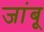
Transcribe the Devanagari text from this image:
जांबू